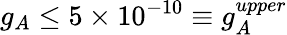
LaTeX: g_{A}\leq 5\times 10^{-10}\equiv g_{A}^{upper}